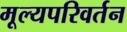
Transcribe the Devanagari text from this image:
मूल्यपरिवर्तन